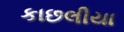
કાછલીયા